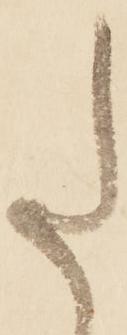
た